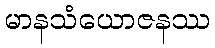
မာနသံယောဇနဿ